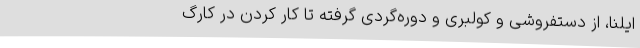
ایلنا، از دستفروشی و کولبری و دوره‌گردی گرفته تا کار کردن در کارگ